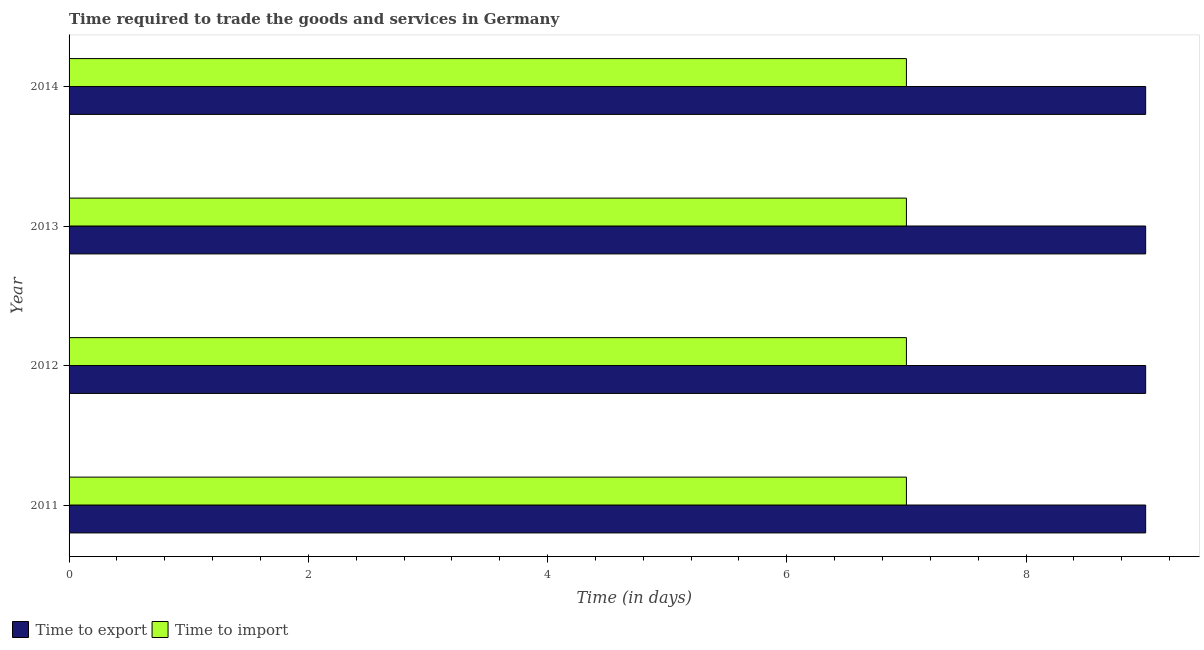
| Year | Time to export | Time to import |
 | --- | --- | --- |
 | 2011 | 9 | 7 |
 | 2012 | 9 | 7 |
 | 2013 | 9 | 7 |
 | 2014 | 9 | 7 |